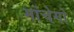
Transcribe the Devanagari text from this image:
मांचेगो